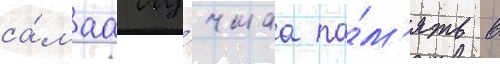
са́маа лу́чшаа па́м'ять в